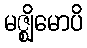
မဇ္ဈိမောပိ